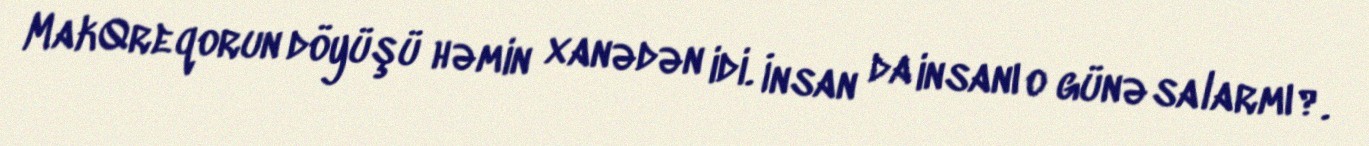
MakQreqorun döyüşü həmin xanədən idi. İnsan da insanı o günə salarmı?.